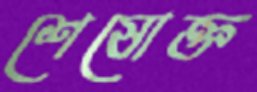
শেষোক্ত